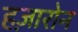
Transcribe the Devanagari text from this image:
हज़ारोन